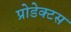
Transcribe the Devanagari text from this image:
प्रोडेक्टस